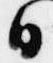
日